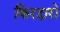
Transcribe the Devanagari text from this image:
किरदारो